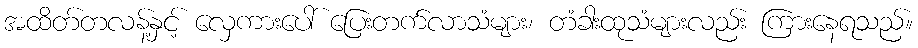
အထိတ်တလန့်နှင့် လှေကားပေါ် ပြေးတက်လာသံများ၊ တံခါးထုသံများလည်း ကြားနေရသည်။